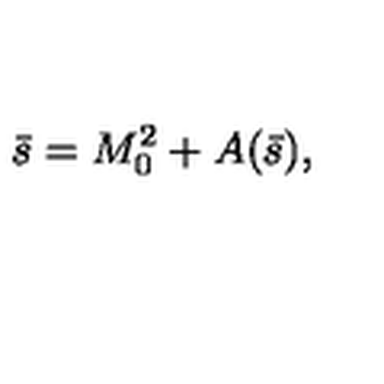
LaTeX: \bar { s } = M _ { 0 } ^ { 2 } + A ( \bar { s } ) ,